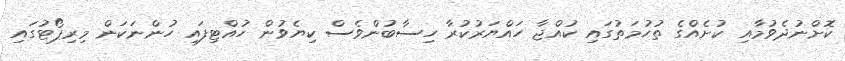
ކޮށްނުދެވުމާއި ކުށެއްގެ ތުހުމަތުގައި ކުއްޖާ ހައްޔަރުކުރާ ހިސާބުންވެސް ކިޔެވުން ހުއްޓިފައި ހުންނަކަން މިރިޕޯޓުގައި